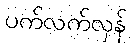
ပက်လက်လှန်